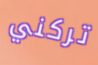
تركني